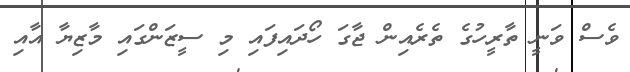
ވެސް ވަނީ ތާރީހުގެ ތެރެއިން ޖާގަ ހޯދައިފައި މި ސީޒަންގައި މާޒިޔާ އާއި